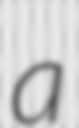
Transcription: a